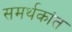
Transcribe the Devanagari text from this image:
समर्थकांत